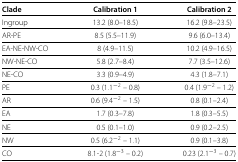
<table><thead><tr><td><b>Clade</b></td><td><b>Calibration 1</b></td><td><b>Calibration 2</b></td></tr></thead><tbody><tr><td>Ingroup</td><td>13.2 (8.0–18.5)</td><td>16.2 (9.8–23.5)</td></tr><tr><td>AR-PE</td><td>8.5 (5.5–11.9)</td><td>9.6 (6.0–13.4)</td></tr><tr><td>EA-NE-NW-CO</td><td>8 (4.9–11.5)</td><td>10.2 (4.9–16.5)</td></tr><tr><td>NW-NE-CO</td><td>5.8 (2.7–8.4)</td><td>7.7 (3.5–12.6)</td></tr><tr><td>NE-CO</td><td>3.3 (0.9–4.9)</td><td>4.3 (1.8–7.1)</td></tr><tr><td>PE</td><td>0.3 (1.1 <sup>-2</sup> – 0.8)</td><td>0.4 (1.9 <sup>-2</sup> – 1.2)</td></tr><tr><td>AR</td><td>0.6 (9.4 <sup>-2</sup> – 1.5)</td><td>0.8 (0.1–2.4)</td></tr><tr><td>EA</td><td>1.7 (0.3–7.8)</td><td>1.8 (0.3–5.5)</td></tr><tr><td>NE</td><td>0.5 (0.1–1.0)</td><td>0.9 (0.2–2.5)</td></tr><tr><td>NW</td><td>0.5 (6.2 <sup>-2</sup> – 1.1)</td><td>0.9 (0.1–3.8)</td></tr><tr><td>CO</td><td>8.1-2 (1.8 <sup>-3</sup> – 0.2)</td><td>0.23 (2.1 <sup>-3</sup> – 0.7)</td></tr></tbody></table>